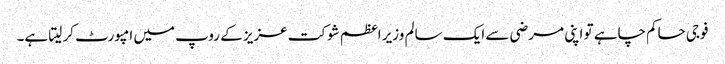
فوجی حاکم چاہے تو اپنی مرضی سے ایک سالم وزیر اعظم شوکت عزیز کے روپ میں امپورٹ کر لیتا ہے۔